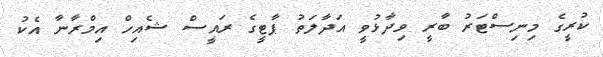
ކުރީގެ މިނިސްޓަރު ބާރީ ވިދާޅުވީ އަދާލަތު ޕާޓީގެ ރައީސް ޝެއިހް އިމްރާނާ އެކު